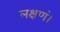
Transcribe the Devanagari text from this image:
लक्षणं।